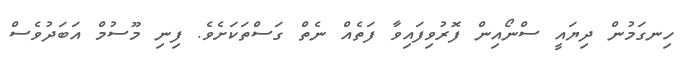
ހިނގަމުން ދިޔައީ ސްނޯއިން ފޮރުވިފައިވާ ފަތެއް ނެތް ގަސްތަކަށެވެ. ފިނި މޫސުމް އަބަދުވެސް